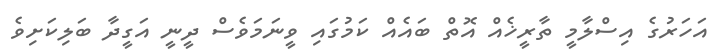
އަހަރުގެ އިސްލާމީ ތާރީޚެއް އޮތް ބައެއް ކަމުގައި ވީނަމަވެސް ދީނީ އަގީދާ ބަލިކަށިވެ